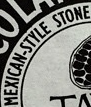
MEXICAN-SYTLE STONE